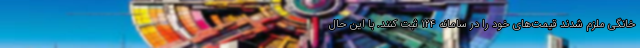
خانگی ملزم شدند قیمت‌های خود را در سامانه ۱۲۴ ثبت کنند. با این حال